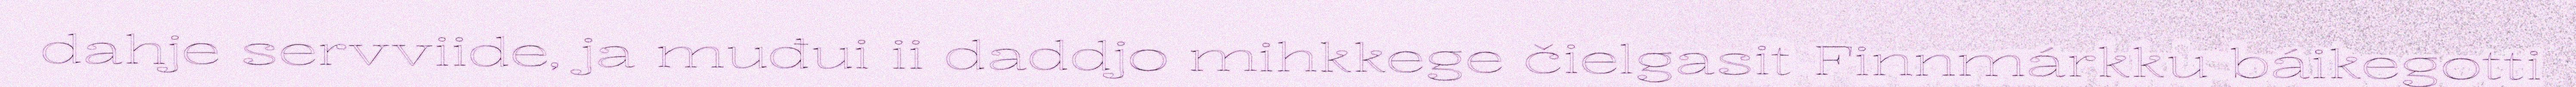
dahje servviide, ja muđui ii daddjo mihkkege čielgasit Finnmárkku báikegotti